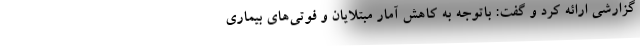
گزارشی ارائه کرد و گفت: باتوجه به کاهش آمار مبتلایان و فوتی‌های بیماری